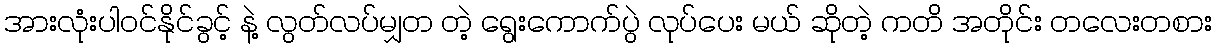
အားလုံးပါဝင်နိုင်ခွင့် နဲ့ လွတ်လပ်မျှတ တဲ့ ရွေးကောက်ပွဲ လုပ်ပေး မယ် ဆိုတဲ့ ကတိ အတိုင်း တလေးတစား